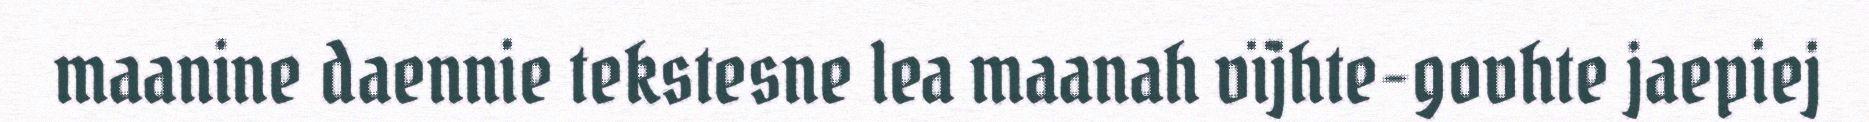
maanine daennie tekstesne lea maanah vïjhte-govhte jaepiej